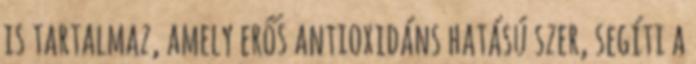
is tartalmaz, amely erős antioxidáns hatású szer, segíti a